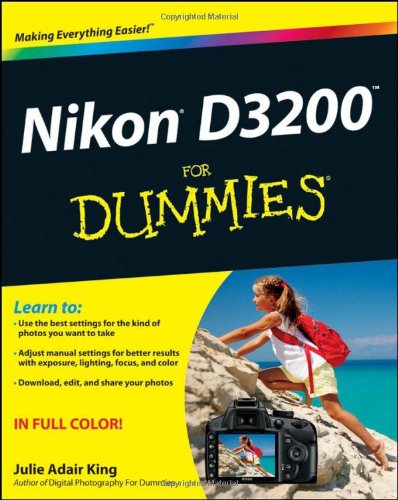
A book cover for Nikon D3200 For Dummies; Julie Adair King; Arts & Photography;